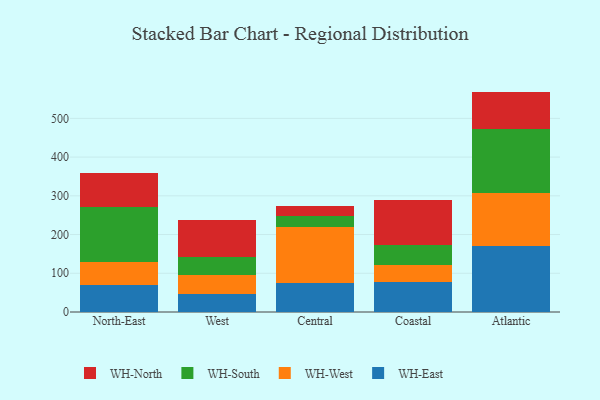
{"axis": {"x": "Region", "y": "Latency (ms)"}, "legend": ["WH-East", "WH-North", "WH-South", "WH-West"], "data": [{"x": "North-East", "y": 70.5, "type": "WH-East"}, {"x": "North-East", "y": 58.1, "type": "WH-West"}, {"x": "North-East", "y": 142.3, "type": "WH-South"}, {"x": "North-East", "y": 89.0, "type": "WH-North"}, {"x": "West", "y": 46.3, "type": "WH-East"}, {"x": "West", "y": 48.0, "type": "WH-West"}, {"x": "West", "y": 48.9, "type": "WH-South"}, {"x": "West", "y": 95.6, "type": "WH-North"}, {"x": "Central", "y": 75.7, "type": "WH-East"}, {"x": "Central", "y": 143.5, "type": "WH-West"}, {"x": "Central", "y": 28.4, "type": "WH-South"}, {"x": "Central", "y": 25.5, "type": "WH-North"}, {"x": "Coastal", "y": 78.3, "type": "WH-East"}, {"x": "Coastal", "y": 42.8, "type": "WH-West"}, {"x": "Coastal", "y": 51.2, "type": "WH-South"}, {"x": "Coastal", "y": 116.1, "type": "WH-North"}, {"x": "Atlantic", "y": 170.1, "type": "WH-East"}, {"x": "Atlantic", "y": 137.7, "type": "WH-West"}, {"x": "Atlantic", "y": 165.0, "type": "WH-South"}, {"x": "Atlantic", "y": 96.3, "type": "WH-North"}]}